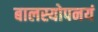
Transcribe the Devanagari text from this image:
बालस्योपनयं